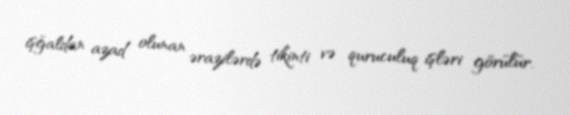
işğaldan azad olunan ərazilərdə tikinti və quruculuq işləri görülür.